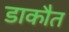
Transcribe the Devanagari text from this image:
डाकौत